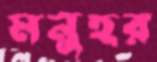
মনুহর